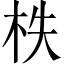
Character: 柣